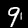
Label: 9